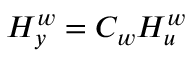
\boldsymbol { H _ { y } ^ { w } } = \boldsymbol { C _ { w } } \boldsymbol { H _ { u } ^ { w } }